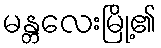
မန္တလေးမြို့၏